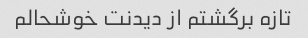
تازه برگشتم از دیدنت خوشحالم